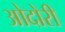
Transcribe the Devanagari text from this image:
ओदोरी